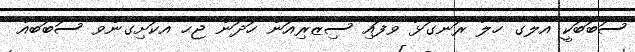
ސަބަބަކީ އެލާގެ ހާލު ރަނގަޅު ވެފައި ސިޒޭރިއަން ހަދަން ޖެހޭ އެކަށިގެންވާ ސަބަބެއް